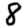
Digit: 8